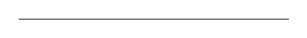
\begin{align*}\hline\end{align*}